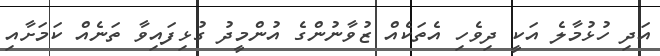
އަދި ހުޅުމާލެ އަކީ ދިވެހި އެތަކެއް ޒުވާނުންގެ އުންމީދު ގުޅިފައިވާ ތަނެއް ކަމަށާއި